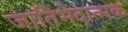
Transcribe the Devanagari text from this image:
जातिभेदात्मक